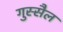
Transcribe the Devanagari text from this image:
गुस्‍सैल